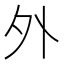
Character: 外